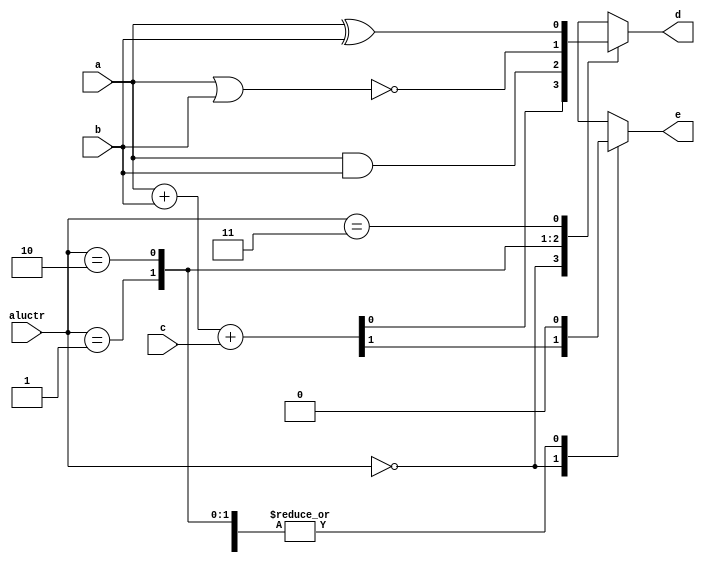
`timescale 1ns/100ps
//////////////////////////////////////////////////////////////////////////////////
// Company: 
// Engineer: 
// 
// Design Name: 
// Module Name: lab1_3
// Project Name: 
// Target Devices: 
// Tool Versions: 
// Description: 
// 
// Dependencies: 
// 
// Revision:
// Revision 0.01 - File Created
// Additional Comments:
// 
//////////////////////////////////////////////////////////////////////////////////

module lab1_3 (a, b, c, aluctr, d, e);
	input a, b, c;
	input [1:0] aluctr;
	output reg d, e;
	
    always@(*)begin
        case(aluctr)
			2'b00:begin
				{e, d} = a + b + c;
			end
			2'b01:begin
				d = a&b;
				e = 0;
			end
			2'b10:begin
				d = !(a|b);
				e = 0;
			end
			2'b11:begin
				d = a^b;
				e = 0;
			end
        endcase
    end
endmodule